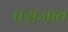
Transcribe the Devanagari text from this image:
पञ्चजात